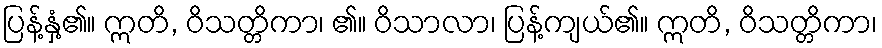
ပြန့်နှံ့၏။ ဣတိ, ဝိသတ္တိကာ၊ ၏။ ဝိသာလာ၊ ပြန့်ကျယ်၏။ ဣတိ, ဝိသတ္တိကာ၊